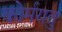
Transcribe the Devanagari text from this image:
कोर्मरातु